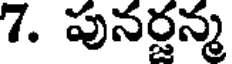
7. పునర్జన్మ